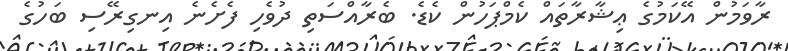
ރާވަމުން އޭކަމުގެ ޢިޝާރާތައް ކެމްޕަހުން ކެޑެ. ބެރާއްސަތި ދުވެހި ފެށެނެ އިނގިރޭސި ބަހުގެ